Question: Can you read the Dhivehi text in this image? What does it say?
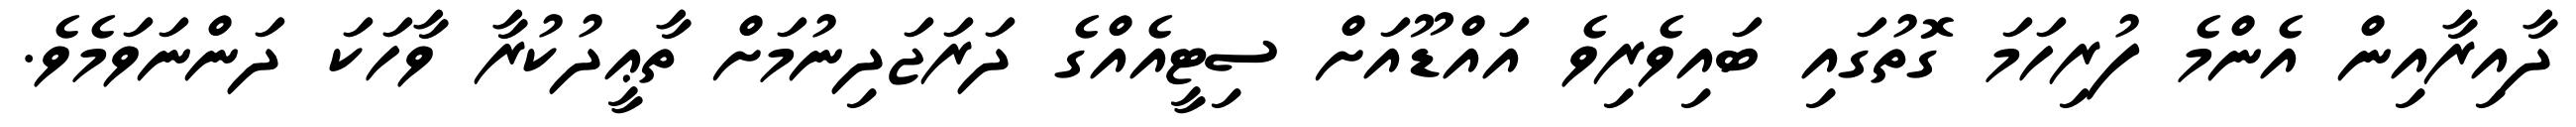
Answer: ދާއިރާއިން އެންމެ ފުރިހަމަ ގޮތުގައި ބައިވެރިވެ އައްޑޫއަށް ސިޓީއެއްގެ ދަރަޖަދިނުމަށް ތާޢީދުކުރާ ވާހަކަ ދަންނަވަމެވެ.